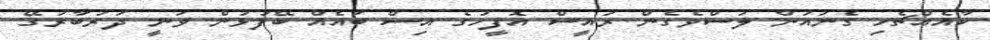
ކާއެއްޗެހި ގެނައުން ލަސްވެގެން ރައީސް އޮފީހުގެ އިސް ބައެއް ބޭފުޅުން ވަނީ ދަރުބާރުގޭ